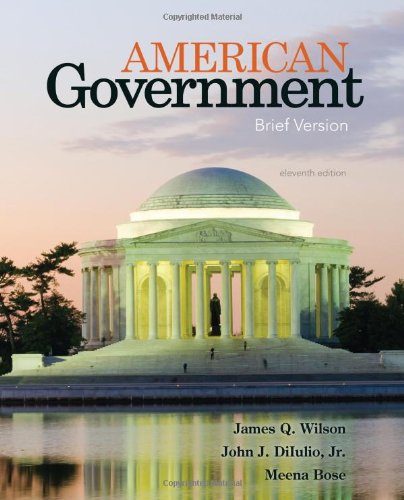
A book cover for American Government: Brief Version; James Q. Wilson; Politics & Social Sciences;